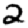
Digit: 2